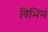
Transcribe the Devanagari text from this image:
विभिनं